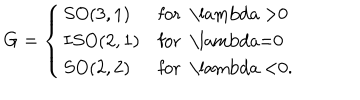
G = \left\{ \begin{array} { l l } { { S O ( 3 , 1 ) } } & { { \mathrm { f o r ~ \ l a m b d a ~ > 0 ~ } } } \\ { { I S O ( 2 , 1 ) } } & { { \mathrm { f o r ~ \ l a m b d a = 0 ~ } } } \\ { { S O ( 2 , 2 ) } } & { { \mathrm { f o r ~ \ l a m b d a ~ < 0 . ~ } } } \\ \end{array} \right.